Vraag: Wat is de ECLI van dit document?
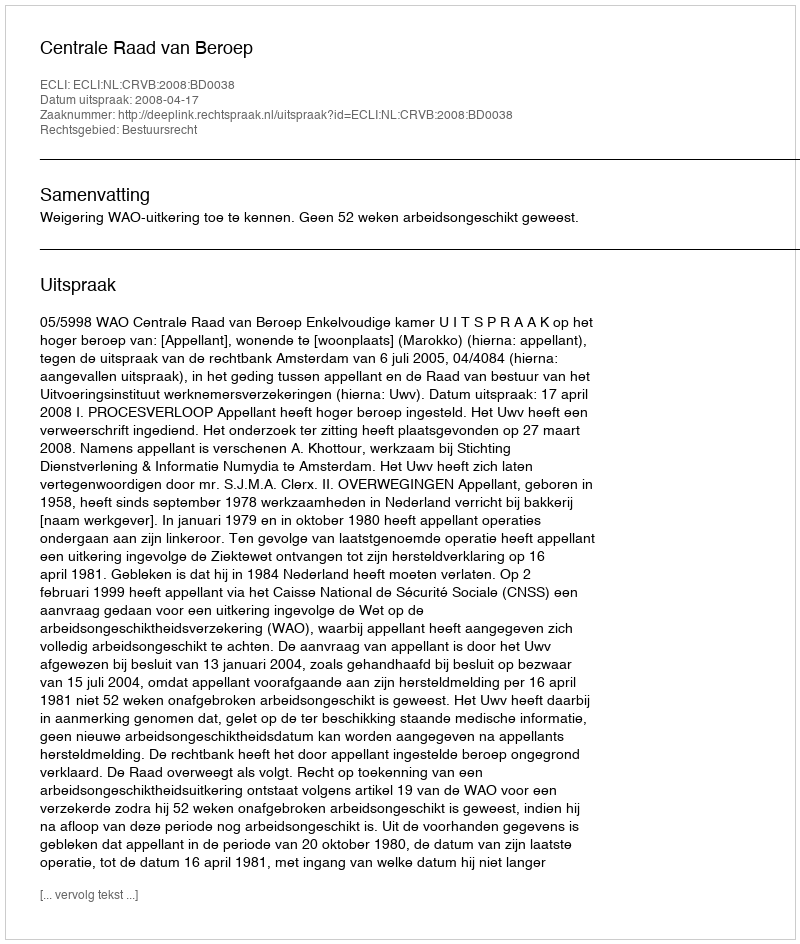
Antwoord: ECLI:NL:CRVB:2008:BD0038